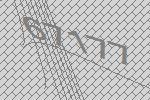
67177